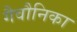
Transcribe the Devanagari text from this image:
गैवौनिका